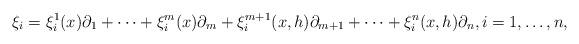
LaTeX: \begin{align*}&\xi_i=\xi_{i}^1(x)\partial_1+\dots+\xi_{i}^m(x)\partial_m+\xi_{i}^{m+1}(x, h)\partial_{m+1}+\dots+\xi_{i}^n(x,h)\partial_n,i=1,\dots, n,\end{align*}